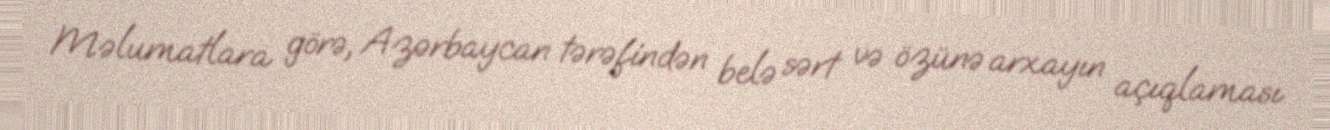
Məlumatlara görə, Azərbaycan tərəfindən belə sərt və özünə arxayın açıqlaması